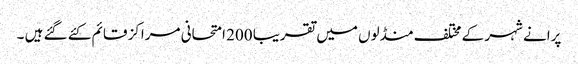
پرانے شہر کے مختلف منڈلوں میں تقریبا 200 امتحانی مراکز قائم کئے گئے ہیں ۔